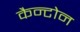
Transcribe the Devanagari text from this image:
कैन्टोन